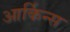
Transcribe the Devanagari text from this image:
आर्किन्स